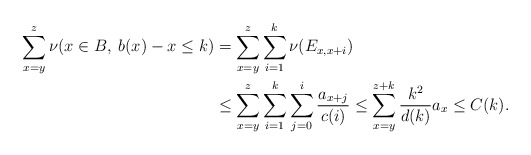
\begin{align*}\sum_{x=y}^{z} \nu(x \in B, \: b(x)-x \leq k)&=\sum_{x=y}^z \sum_{i=1}^k\nu(E_{x,x+i})\\&\leq \sum_{x=y}^z \sum_{i=1}^k\sum_{j=0}^i\frac{a_{x+j}}{c(i)}\leq \sum_{x=y}^{z+k} \frac{k^2}{d(k)}a_x\le C(k).\end{align*}